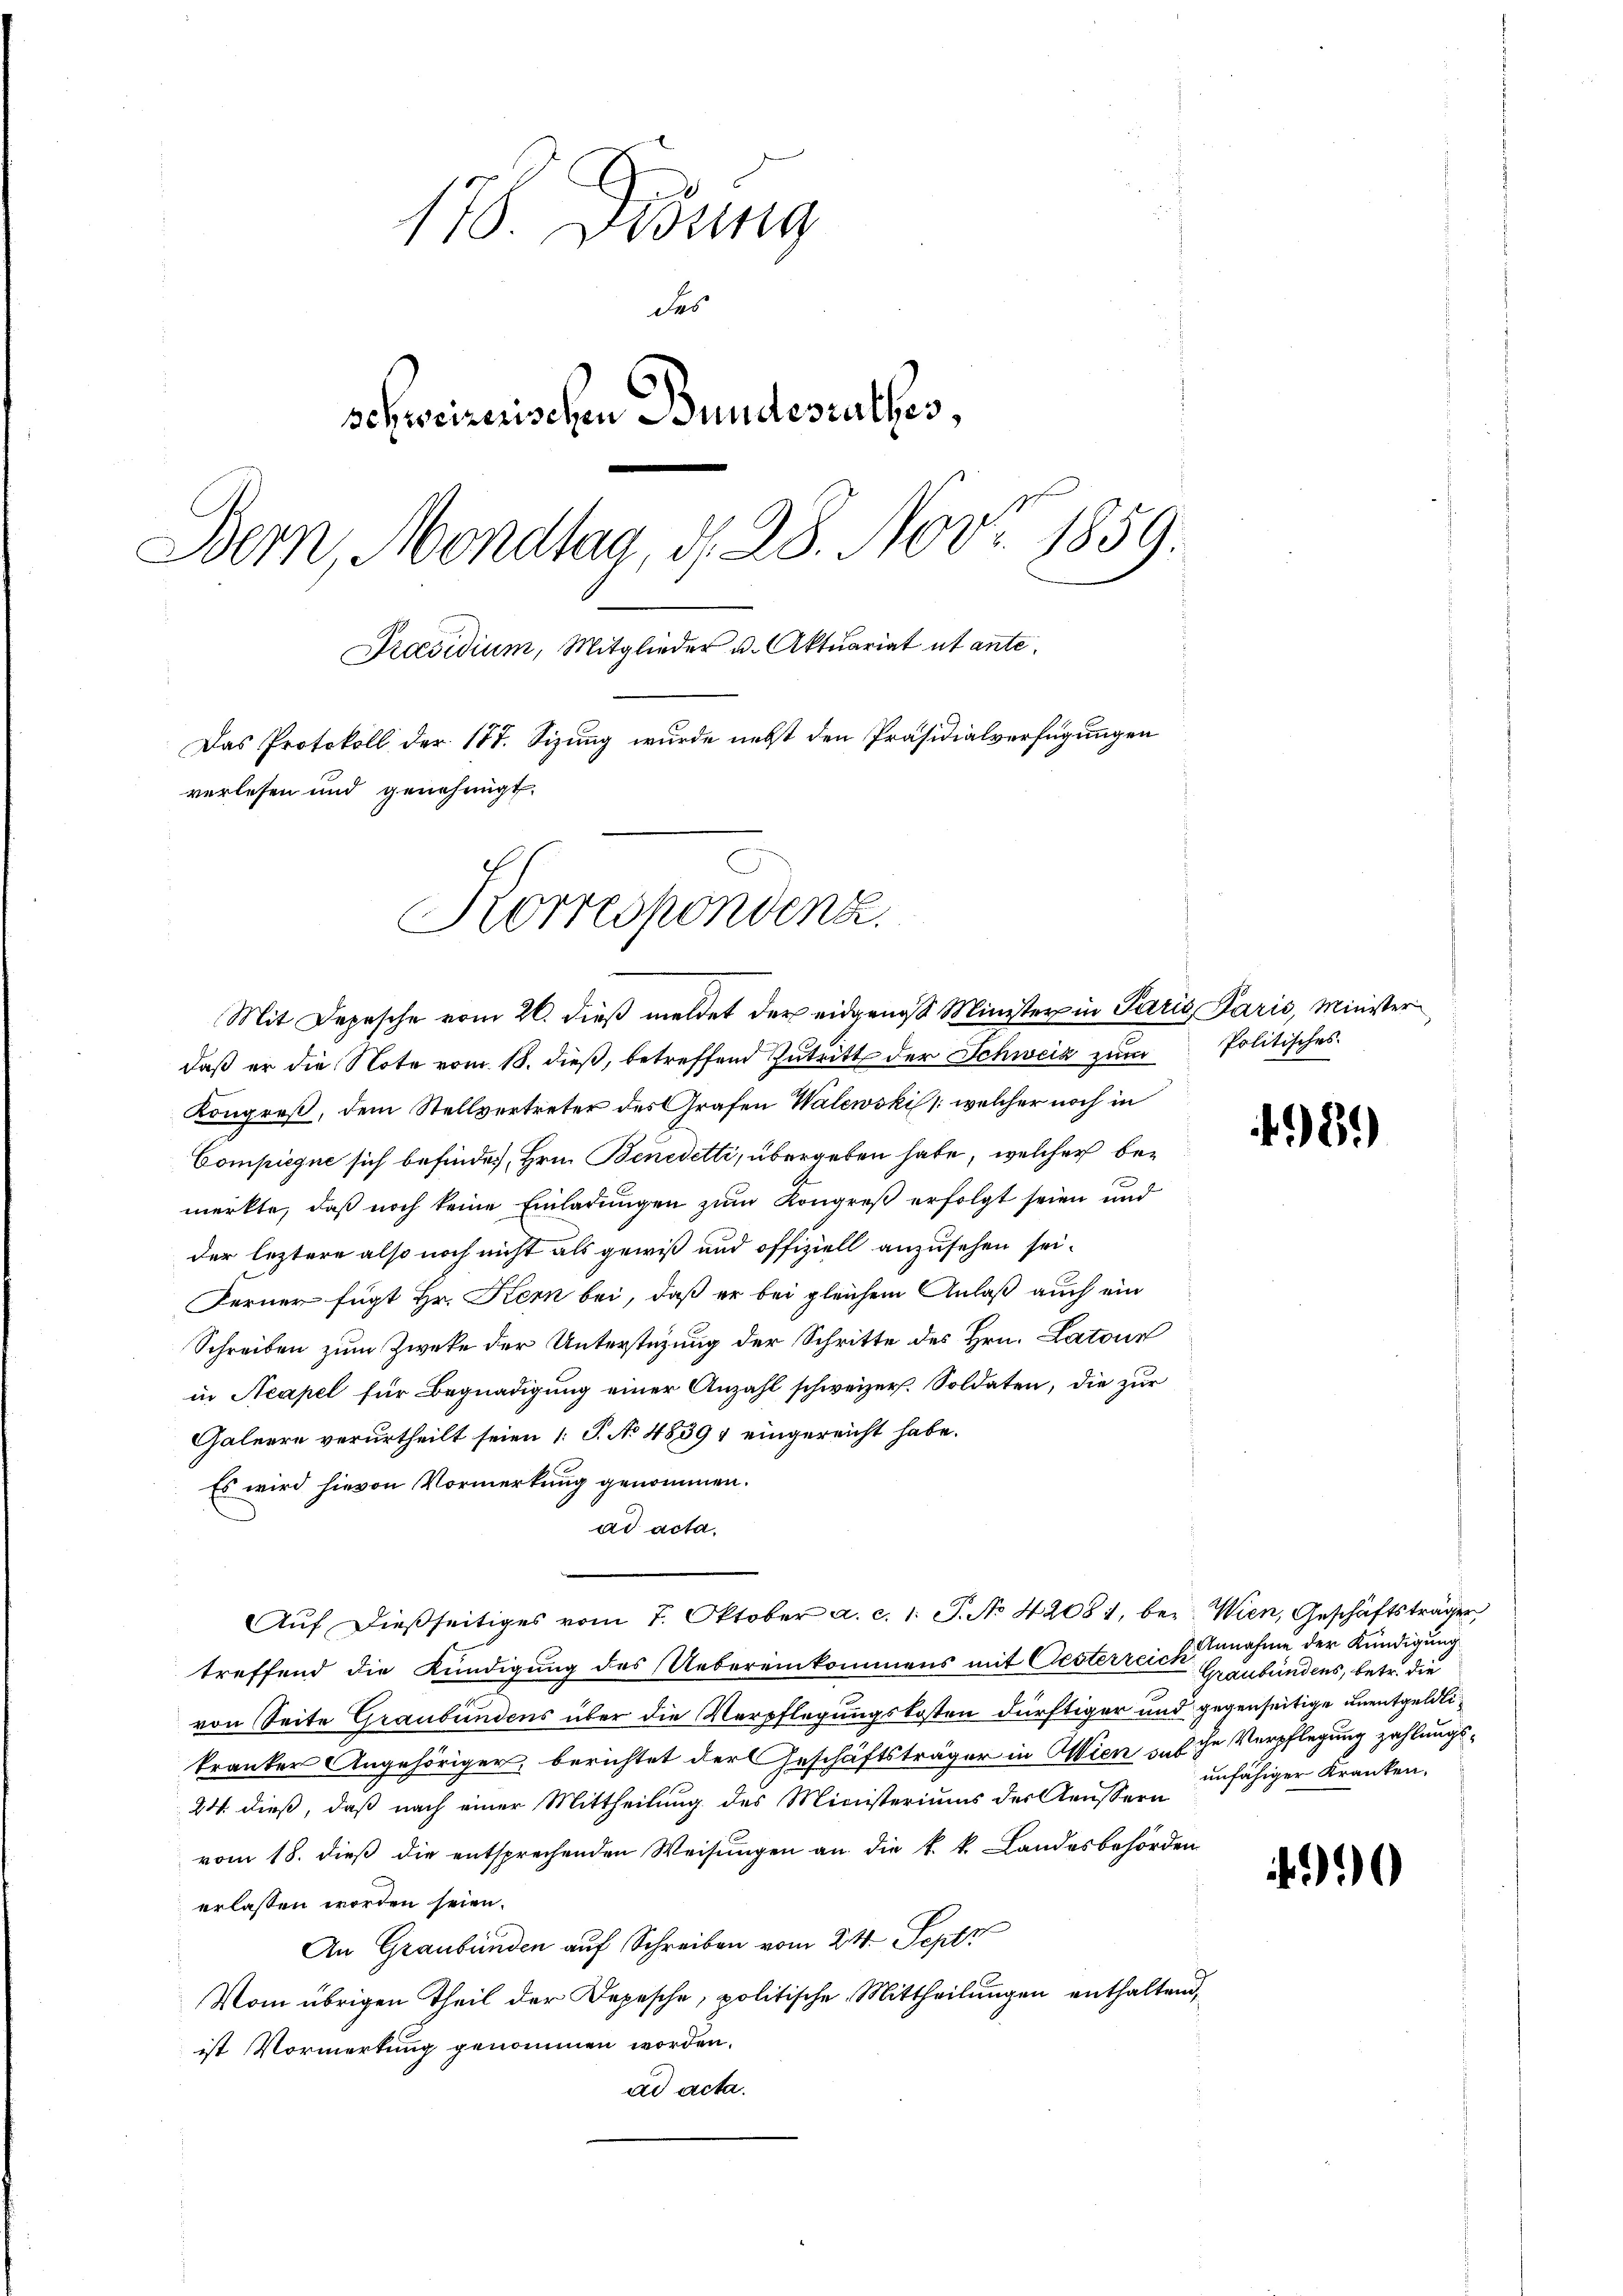
178. Didung
des
schweizerischen Bundesrathes,
Bern, Mondlag, d. 28. Nov. 1859.
Präsidium, Mitglieder u. Aktuariat ut ante¬
Das Protokoll der 177. Sizung wurde nebst den Präsidialverfügungen
verlesen und genehmigt.
Korrespondenz.

Kongreß, dem Stellvertreter des Grafen Walewski /: welcher noch in
Compiegne sich befinde. Hrn. Benedetti, übergeben habe, welcher bemerkte, daß noch keine Einladungen zum Kongreß erfolgt seien und
der leztere also noch nicht als gewiß und offiziell anzusehen sei.
Ferner fügt Hr. Kern bei, daß er bei gleichem Anlaß auch ein
Schreiben zum Zweke der Unterstüzung der Schritte des Hrn. Latour
in Acapel für Begnadigung einer Anzahl schweizer. Soldaten, die zur
Galeere verurtheilt seien 1 S. No 48391 eingereicht habe.
Es wird hievon Vormerkung genommen.
ad acta.
Auf dießseitiges vom 7. Oktober a. c. 1. P. No 42081, bei. Wien, Geschäftsträger
treffend die Kündigung des Uebereinkommens mit Oesterreich Graubündens, betr. die
von Seite Graubündens über die Verpflegungskosten dürftiger und gegenseitige unentgeldlikranker Angehöriger, berichtet der Geschäftsträger in Wien, das ihr Verpflegung zahlungs¬
24. dieß, daß nach einer Mittheilung des Ministeriums der Aeussern unfähiger Kranken,
vom 18. dieß die entsprechenden Weisungen an die k. k. Landesbehörden
erlassen worden seien.
An Graubünden auf Schreiben vom 24. Sept
Vom übrigen Theil der Depesche, politische Mittheilungen enthaltend
ist Vormerkung genommen worden.
ad acta.

Mit Depesche vom 26. dieß meldet der eidgenoß Minister in Paris Paris, Minister
daß er die Note vom 18. dieß, betreffend Zutritt der Schweiz zum Politisches

489)

2 Annahme der Kündigung

0